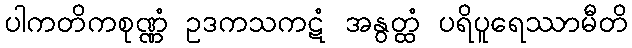
ပါကတိကစုဏ္ဏံ ဥဒကသကဋံ အနွတ္ထံ ပရိပူရေဿာမီတိ